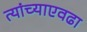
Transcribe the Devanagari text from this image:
त्यांच्याएवढा